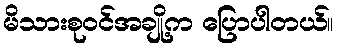
မိသားစုဝင်အချို့က ပြောပါတယ်။